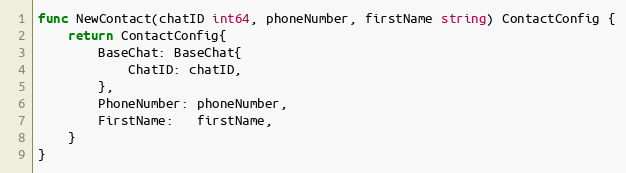
Language: Go
func NewContact(chatID int64, phoneNumber, firstName string) ContactConfig {
	return ContactConfig{
		BaseChat: BaseChat{
			ChatID: chatID,
		},
		PhoneNumber: phoneNumber,
		FirstName:   firstName,
	}
}